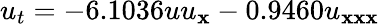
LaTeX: u_{t}=-6.1036uu_{\mathbf{x}}-0.9460u_{\mathbf{x}\mathbf{x}\mathbf{x}}